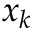
x _ { k }